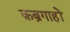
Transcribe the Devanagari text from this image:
क़ब्रगाहों